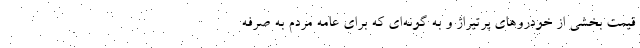
قیمت بخشی از خودرو‌های پرتیراژ و به گونه‌ای که برای عامه مردم به صرفه